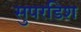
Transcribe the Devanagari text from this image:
सुपरडिश